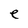
Character: e